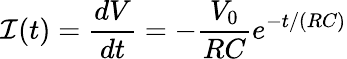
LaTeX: \mathcal{I}(t)=\frac{{dV}}{{dt}}=-\frac{{V_{0}}}{{RC}}e^{-t/(RC)}